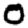
Digit: 0